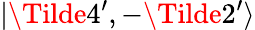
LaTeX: |\Tilde{4^{\prime}},-\Tilde{2^{\prime}}\rangle